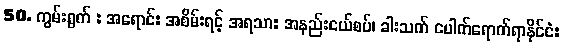
50. ကွမ်းရွက် : အရောင်: အစိမ်းရင့် အရသာ: အနည်းငယ်စပ်၊ ခါးသက် ပေါက်ရောက်ရာနိုင်ငံ: